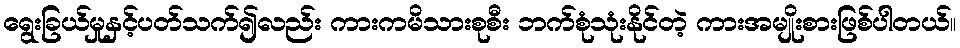
ရွေးခြယ်မှုနှင့်ပတ်သက်၍လည်း ကားကမိသားစုစီး ဘက်စုံသုံးနိုင်တဲ့ ကားအမျိုးစားဖြစ်ပါတယ်။